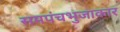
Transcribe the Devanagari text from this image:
समपंचभुजाकार